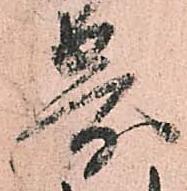
寄